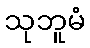
သုဘူမံ